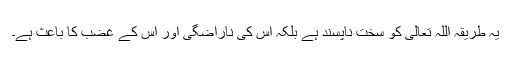
یہ طریقہ اللہ تعالیٰ کو سخت ناپسند ہے بلکہ اس کی ناراضگی اور اس کے غضب کا باعث ہے۔